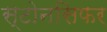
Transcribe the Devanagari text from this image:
स्टोनसिफर